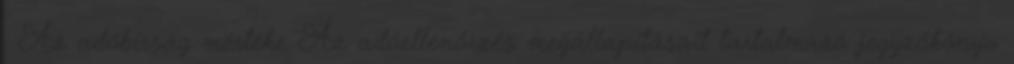
. Az adóbírság mértéke Az adóellenőrzés megállapításait tartalmazó jegyzőkönyv